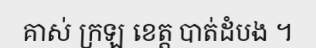
គាស់ ក្រឡ ខេត្ត បាត់ដំបង ។